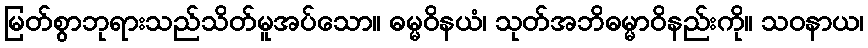
မြတ်စွာဘုရားသည်သိတ်မူအပ်သော။ ဓမ္မဝိနယံ၊ သုတ်အဘိဓမ္မာဝိနည်းကို။ သဝနာယ၊